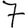
Digit: 7